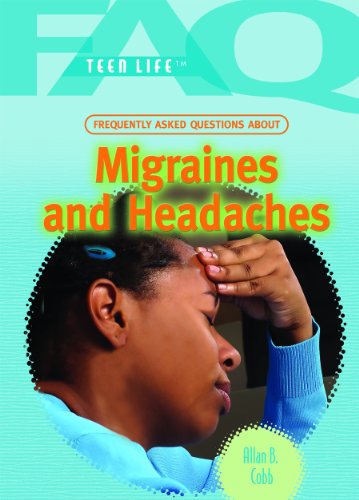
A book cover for Frequently Asked Questions About Migraines and Headaches (Faq: Teen Life); Allan B. Cobb; Health, Fitness & Dieting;